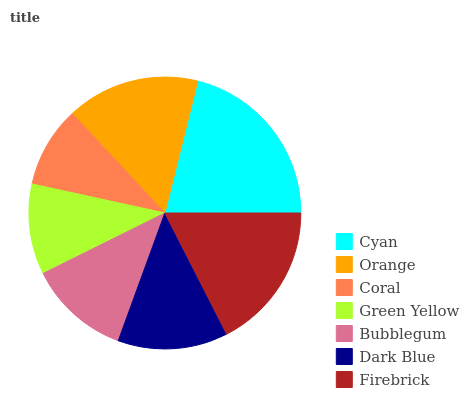
| Cyan | Orange | Coral | Green Yellow | Bubblegum | Dark Blue | Firebrick |
 | --- | --- | --- | --- | --- | --- | --- |
 | 21.2% | 15.8% | 9.64% | 10.8% | 12.1% | 13.1% | 17.5% |